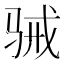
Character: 𮪢